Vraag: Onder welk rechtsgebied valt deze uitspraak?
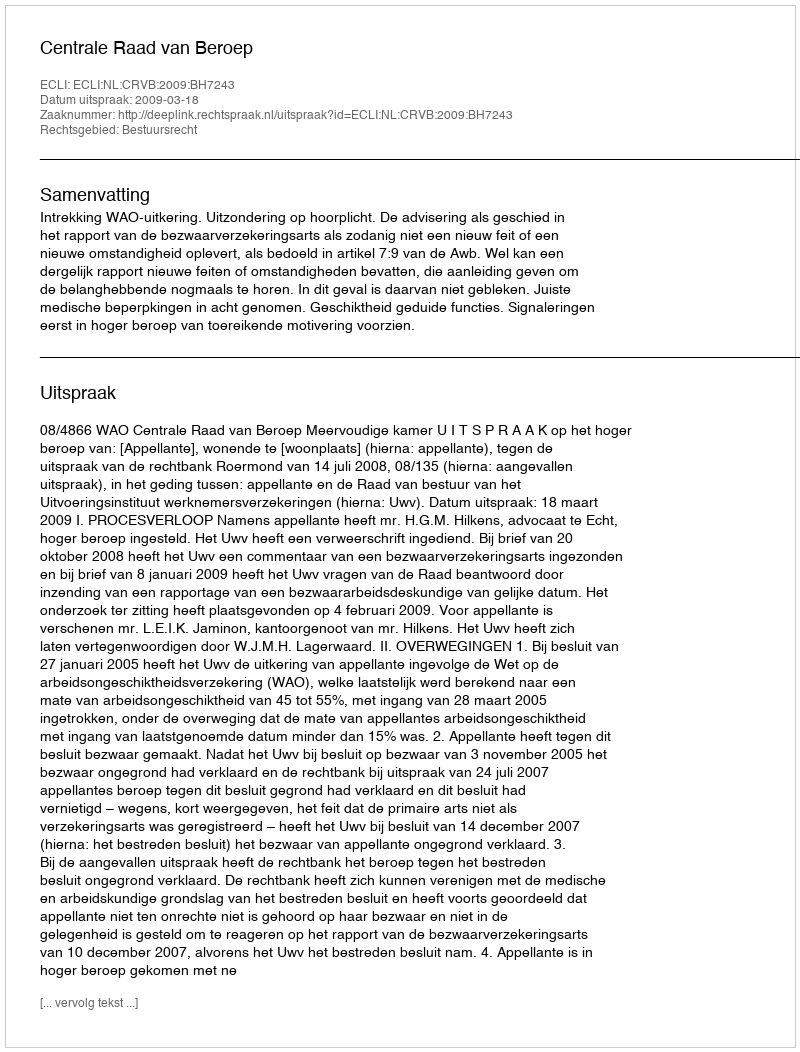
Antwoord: Bestuursrecht